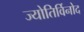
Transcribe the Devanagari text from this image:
ज्योतिर्विनोद